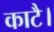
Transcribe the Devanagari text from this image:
काटै।